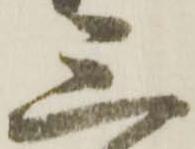
三